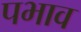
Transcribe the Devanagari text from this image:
पभाव